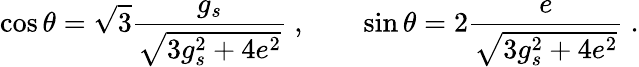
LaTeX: \cos\theta=\sqrt{3}\frac{g_{s}}{\sqrt{3g_{s}^{2}+4e^{2}}}\ ,\qquad\sin\theta=2\frac{e}{\sqrt{3g_{s}^{2}+4e^{2}}}\ .